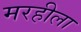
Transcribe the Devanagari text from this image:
मरहीला